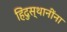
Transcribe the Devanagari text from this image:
हिंदुस्थानींना